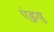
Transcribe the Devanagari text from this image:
एंड्रयु